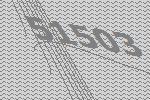
51503